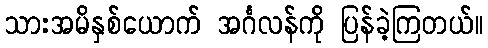
သားအမိနှစ်ယောက် အင်္ဂလန်ကို ပြန်ခဲ့ကြတယ်။